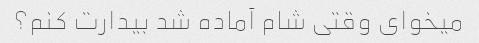
میخوای وقتی شام آماده شد بیدارت کنم؟